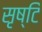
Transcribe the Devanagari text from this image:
सृष्टिं